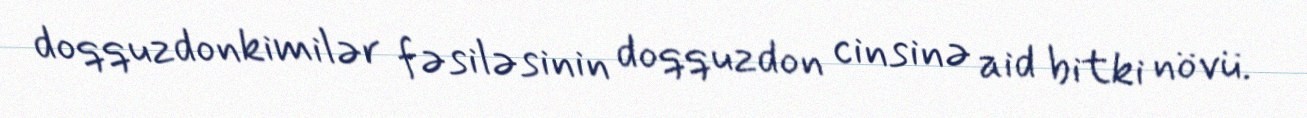
doqquzdonkimilər fəsiləsinin doqquzdon cinsinə aid bitki növü.